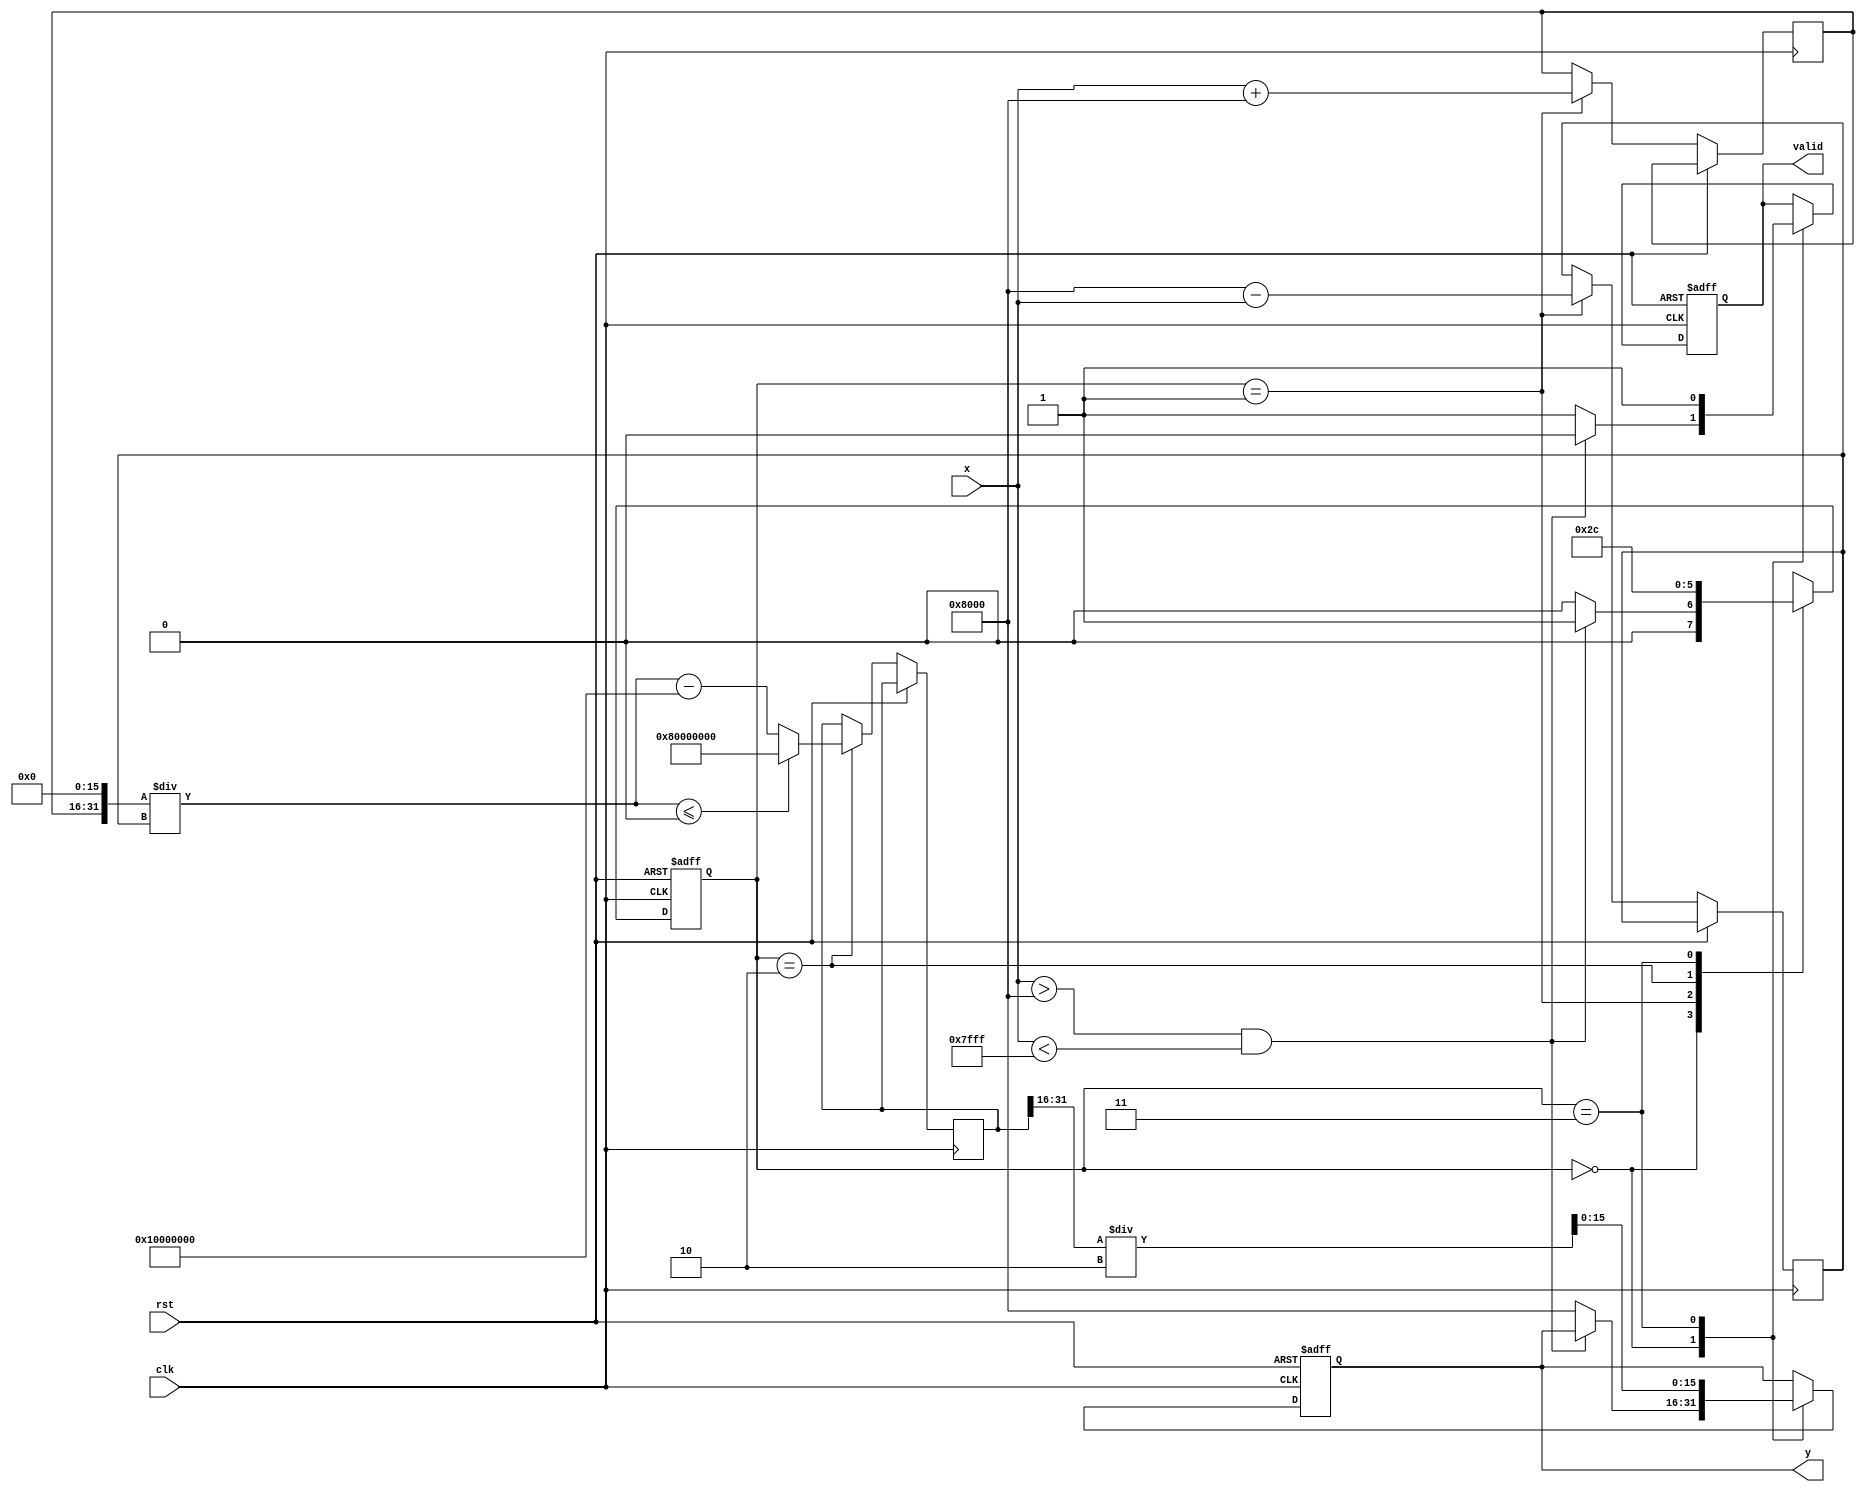
module atanh (
    input wire signed [15:0] x,      // Input signal (fixed-point)
    input wire clk,                   // Clock signal
    input wire rst,                   // Reset signal
    output reg signed [15:0] y,       // Output signal (fixed-point)
    output reg valid                   // Output valid signal
);

    // Internal signals
    reg signed [15:0] numerator;
    reg signed [15:0] denominator;
    reg signed [31:0] log_result;     // Extended precision for logarithm
    reg [1:0] state;                  // State for FSM
    reg [3:0] counter;                // Counter for state transitions

    // State definitions
    localparam IDLE = 2'b00;
    localparam CHECK_RANGE = 2'b01;
    localparam COMPUTE = 2'b10;
    localparam OUTPUT = 2'b11;

    // Logarithm approximation (simple Taylor series or other methods could be used)
    function signed [31:0] ln(input signed [31:0] value);
        // Placeholder for logarithm computation
        // Implement a suitable logarithm approximation here
        // For this example, we will use a simple approximation
        if (value <= 0) begin
            ln = 32'h80000000; // Return negative infinity for invalid input
        end else begin
            ln = value - 32'h10000000; // Simple linear approximation for ln
        end
    endfunction

    // Main FSM
    always @(posedge clk or posedge rst) begin
        if (rst) begin
            state <= IDLE;
            y <= 0;
            valid <= 0;
            counter <= 0;
        end else begin
            case (state)
                IDLE: begin
                    valid <= 0; // Reset valid signal
                    if (x > -16'h8000 && x < 16'h7FFF) begin // Check range (-1, 1)
                        state <= CHECK_RANGE;
                    end else begin
                        y <= 16'h8000; // Output error signal
                        valid <= 1;
                        state <= IDLE; // Stay in IDLE
                    end
                end

                CHECK_RANGE: begin
                    numerator <= x + 16'h8000; // 1 + x
                    denominator <= 16'h8000 - x; // 1 - x
                    state <= COMPUTE;
                end

                COMPUTE: begin
                    // Compute ln((1+x)/(1-x))
                    log_result <= ln((numerator << 16) / denominator); // Fixed-point division
                    state <= OUTPUT;
                end

                OUTPUT: begin
                    y <= log_result[31:16] / 2; // Scale by 1/2
                    valid <= 1; // Signal output valid
                    state <= IDLE; // Go back to IDLE
                end

                default: state <= IDLE; // Default to IDLE state
            endcase
        end
    end

endmodule